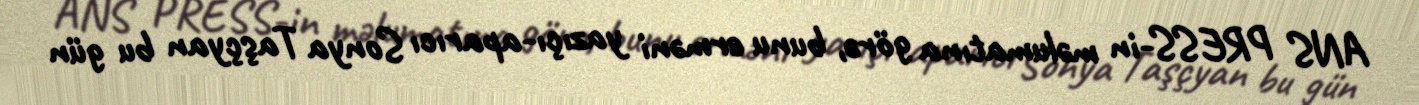
ANS PRESS-in məlumatına görə, bunu erməni yazıçı-aparıcı Sonya Taşçyan bu gün